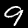
Label: 9